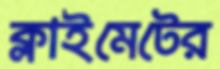
ক্লাইমেটের